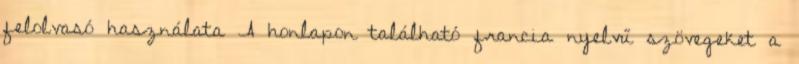
felolvasó használata A honlapon található francia nyelvű szövegeket a